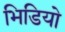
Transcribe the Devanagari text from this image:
भिडियो